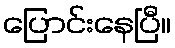
ပြောင်းနေပြီ။